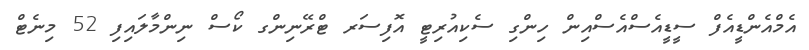
އެމްއެންޑީއެފް ސީޑީއެސްއެސްއިން ހިންގި ސެކިއުރިޓީ އޮފިސަރ ޓްރޭނިންގ ކޯސް ނިންމާލައިފި 52 މިނެޓް